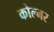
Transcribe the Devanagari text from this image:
कोल्नर